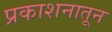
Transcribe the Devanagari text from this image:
प्रकाशनातून